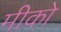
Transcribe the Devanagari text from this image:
मीको